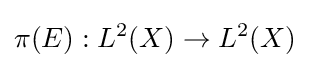
\pi (E):L^{2}(X)\to L^{2}(X)